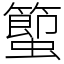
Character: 蠞